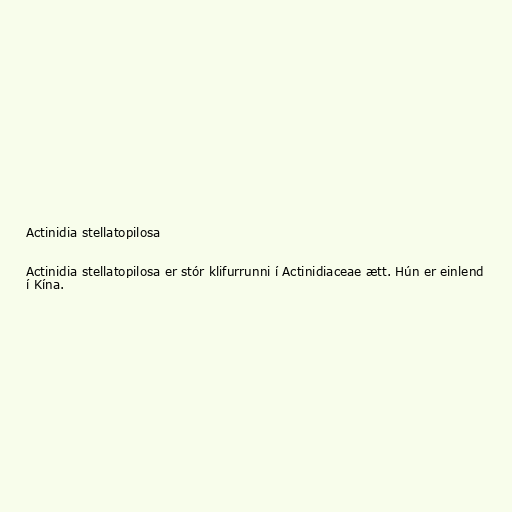
Actinidia stellatopilosa

Actinidia stellatopilosa er stór klifurrunni í Actinidiaceae ætt. Hún er einlend
í Kína.